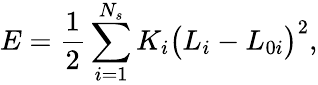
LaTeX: E=\frac{1}{2}\sum_{i=1}^{N_{s}}{K_{i}\big(L_{i}-L_{0i}\big)^{2}},